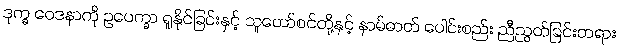
ဒုက္ခ ဝေဒနာကို ဥပေက္ခာ ရှုနိုင်ခြင်းနှင့် သူတော်စင်တို့နှင့် နာမ်ဓာတ် ပေါင်းစည်း ညီညွတ်ခြင်းတရား